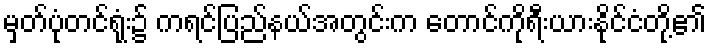
မှတ်ပုံတင်ရုံး၌ ကရင်ပြည်နယ်အတွင်းက တောင်ကိုရီးယားနိုင်ငံတို့၏